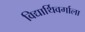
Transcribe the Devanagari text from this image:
विद्यार्थिवर्गाला